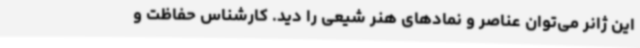
این ژانر می‌توان عناصر و نمادهای هنر شیعی را دید. کارشناس حفاظت و